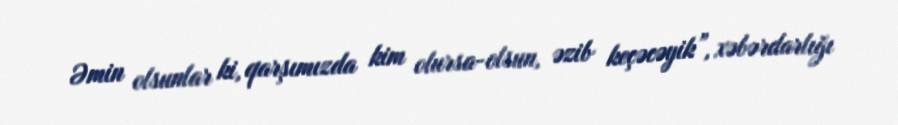
Əmin olsunlar ki, qarşımızda kim olursa-olsun, əzib keçəcəyik”, xəbərdarlığı